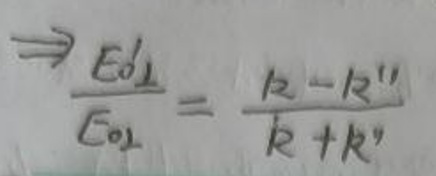
\[
\Rightarrow \frac{E_{0\perp}'}{E_{0\perp}}=\frac{k - k'}{k + k'}
\]